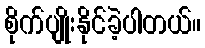
စိုက်ပျိုးနိုင်ခဲ့ပါတယ်။